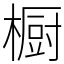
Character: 橱